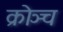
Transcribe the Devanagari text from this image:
क्रोञ्च